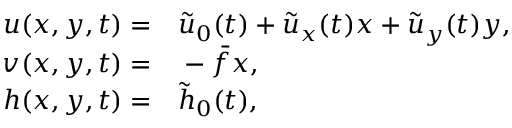
\begin{array} { r l } { { u } ( x , y , t ) = } & { { } \tilde { u } _ { 0 } ( t ) + \tilde { u } _ { x } ( t ) x + \tilde { u } _ { y } ( t ) y , } \\ { { v } ( x , y , t ) = } & { { } - \bar { f } x , } \\ { { h } ( x , y , t ) = } & { { } \tilde { h } _ { 0 } ( t ) , } \end{array}